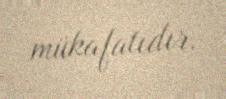
mükafatıdır.